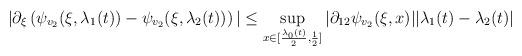
LaTeX: \begin{align*} &|\partial_{\xi}\left(\psi_{v_{2}}(\xi,\lambda_{1}(t))-\psi_{v_{2}}(\xi,\lambda_{2}(t))\right)|\leq \sup_{x \in [\frac{\lambda_{0}(t)}{2},\frac{1}{2}]} |\partial_{12}\psi_{v_{2}}(\xi,x)| |\lambda_{1}(t)-\lambda_{2}(t)|\end{align*}